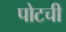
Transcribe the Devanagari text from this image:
पोटची